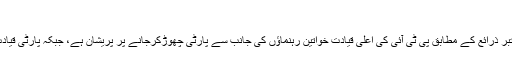
“
دوسری جانب تحریک انصاف میں موجود معتبر ذرائع کے مطابق پی ٹی آئی کی اعلیٰ قیادت خواتین رہنماﺅں کی جانب سے پارٹی چھوڑکرجانے پر پریشان ہے، جبکہ پارٹی قیادت کسی نئے سکینڈل سے بھی ڈری ہوئی ہے۔